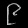
Digit: ၉